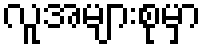
လူအများစုမှာ